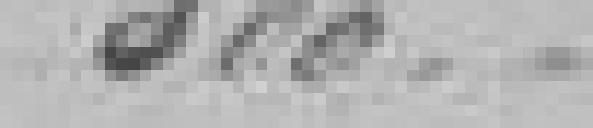
300